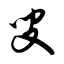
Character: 叟